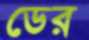
ডের